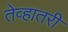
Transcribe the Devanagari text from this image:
तेव्हातरी